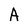
Character: A